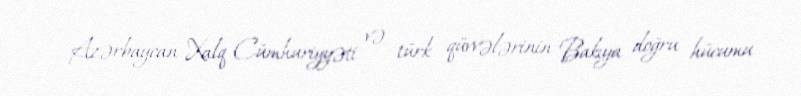
Azərbaycan Xalq Cümhuriyyəti və türk qüvvələrinin Bakıya doğru hücumu